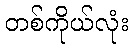
တစ်ကိုယ်လုံး